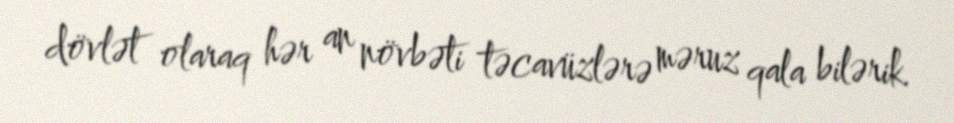
dövlət olaraq hər an növbəti təcavüzlərə məruz qala bilərik.